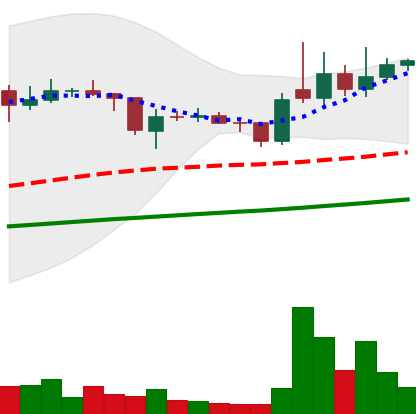
Ticker: XLM-USD
Chart end date: 2021-02-03
Forward return: 15.623%
Label: up_7plus